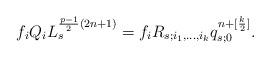
LaTeX: \begin{align*}f_iQ_iL_s^{\frac{p-1}{2}(2n+1)}=f_iR_{s;i_1,\dots,i_k}q_{s;0}^{n+[\frac{k}{2}]}.\end{align*}